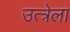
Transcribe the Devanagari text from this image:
उत्त्रेला